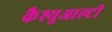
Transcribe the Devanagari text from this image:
कैश्युआल्टी